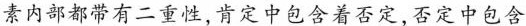
素内部都带有二重性,肯定中包含着否定,否定中包含